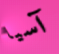
آسيا